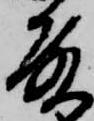
殿